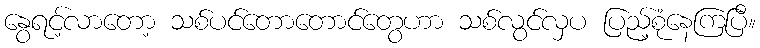
နွေရင့်လာတော့ သစ်ပင်တောတောင်တွေဟာ သစ်လွင်လှပ ပြည့်စုံနေကြပြီ။